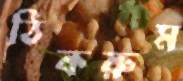
ঠিকরুম